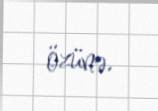
özünə.